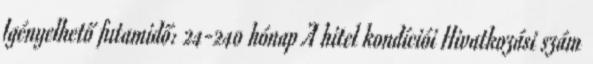
Igényelhető futamidő: 24-240 hónap A hitel kondíciói Hivatkozási szám